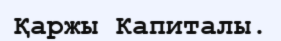
Қаржы Капиталы.